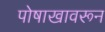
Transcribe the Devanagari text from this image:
पोषाखावरून